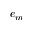
e _ { m }